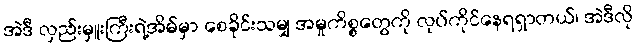
အဲဒီ လှည်းမှူးကြီးရဲ့အိမ်မှာ စေခိုင်းသမျှ အမှုကိစ္စတွေကို လုပ်ကိုင်နေရရှာတယ်၊ အဲဒီလို